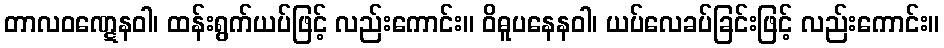
တာလဝဏ္ဋေနဝါ၊ ထန်းရွက်ယပ်ဖြင့် လည်းကောင်း။ ဝိဓူပနေနဝါ၊ ယပ်လေခပ်ခြင်းဖြင့် လည်းကောင်း။